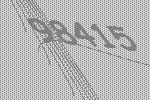
98415